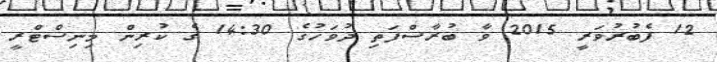
12 ފެބުރުވަރީ 2015 ވާ ބުރާސްފަތި ދުވަހުގެ 14:30 ގެ ކުރިން މިނިސްޓްރީ